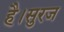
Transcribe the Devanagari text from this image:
है।सुरज